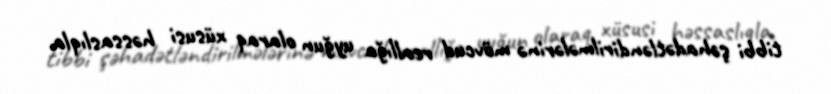
tibbi şəhadətləndirilmələrinə mövcud reallığa uyğun olaraq xüsusi həssaslıqla